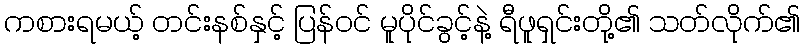
ကစားရမယ့် တင်းနစ်နှင့် ပြန်ဝင် မူပိုင်ခွင့်နဲ့ ရီဖူရှင်းတို့၏ သတ်လိုက်၏